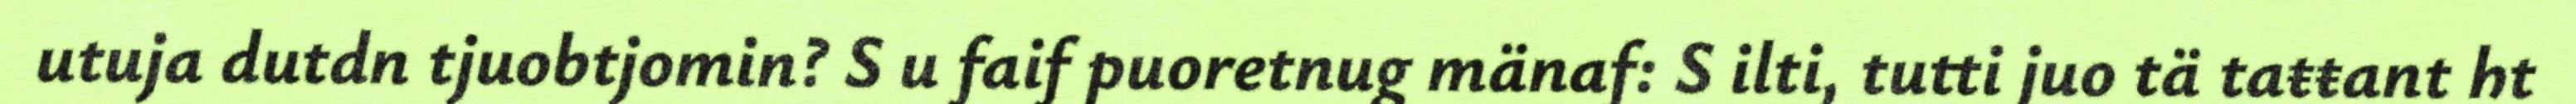
utuja dutdn tjuobtjomin? S u faif puoretnug mänaf: S ilti, tutti juo tä taŧŧant ht